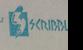
Signature authenticity: forged